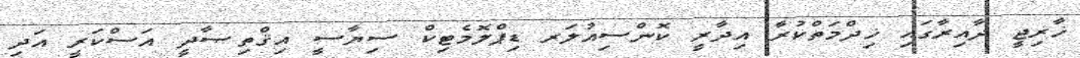
ޚާރިޖީ ދާއިރާގައި ޚިދްމަތްކުރާ އިދާރީ ކޮންސިއުލަރ ޑިޕްލޮމެޓިކް ސިޔާސީ އިޤްތިޞާދީ އަސްކަރީ އަދި